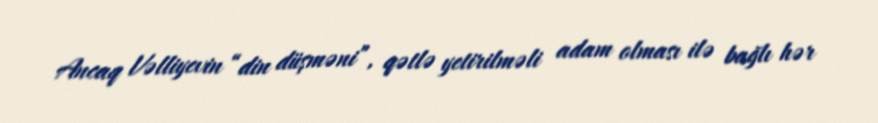
Ancaq Vəlliyevin “din düşməni”, qətlə yetirilməli adam olması ilə bağlı hər